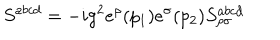
LaTeX: S ^ { a b c d } = - i g ^ { 2 } e ^ { \rho } ( p _ { 1 } ) e ^ { \sigma } ( p _ { 2 } ) S _ { \rho \sigma } ^ { a b c d }